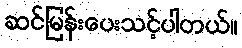
ဆင်မြန်းပေးသင့်ပါတယ်။